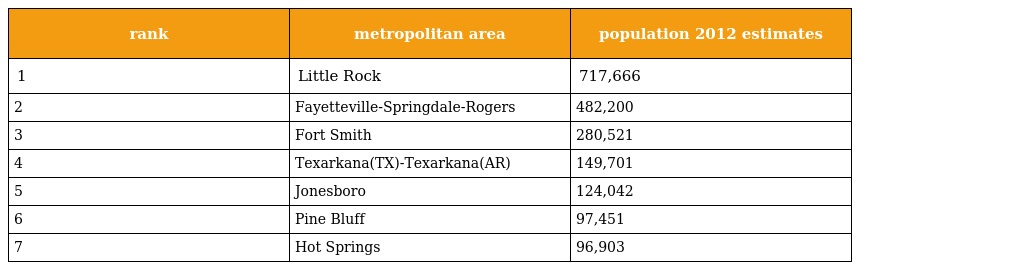
| rank | metropolitan area | population 2012 estimates |
 | --- | --- | --- |
 | 1 | Little Rock | 717,666 |
 | 2 | Fayetteville-Springdale-Rogers | 482,200 |
 | 3 | Fort Smith | 280,521 |
 | 4 | Texarkana(TX)-Texarkana(AR) | 149,701 |
 | 5 | Jonesboro | 124,042 |
 | 6 | Pine Bluff | 97,451 |
 | 7 | Hot Springs | 96,903 |